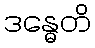
ဒန္ဓေတိ